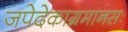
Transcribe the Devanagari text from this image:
जपेदेकाग्रमानसः